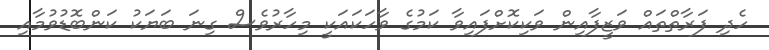
ހެދި ފަރާތްތައް ވަޒީފާއިން ވަކިކޮށްފައިވާ ކަމުގެ ވާހަކައަކީ މިހާރުވެސް ގިނަ ބަޔަކު ކަންބޮޑުވުމާއި